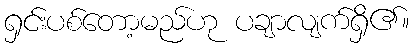
ရှင်းပစ်တော့မည်ဟု ပချာလျက်ရှိ၏။